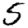
Digit: 5